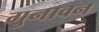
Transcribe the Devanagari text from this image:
गुनावन